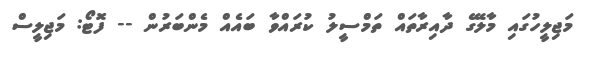
މަޖިލީހުގައި މާލޭގެ ދާއިރާތައް ތަމްސީލު ކުރައްވާ ބައެއް މެންބަރުން -- ފޮޓޯ: މަޖިލީސް